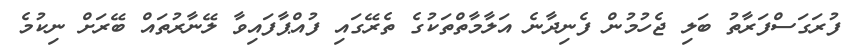
ފުރަގަސްފަރާތު ބަލި ޖެހުމުން ފެނިދާނެ އަލާމާތްތަކުގެ ތެރޭގައި ފުއްޕާފައިވާ ލޭނާރުތައް ބޭރަށް ނިކުމެ